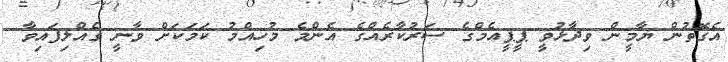
އެގޮތުން ޔާމީން ވިދާޅުވީ ޕީޕީއެމްގެ ސަރުކާރެއްގެ އެންމެ މުހިއްމު ކަމަކަށް ވާނީ ގެއްލިފައިވާ